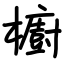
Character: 櫥